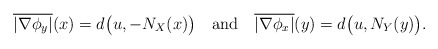
\begin{align*}\overline{|\nabla \phi_y|}(x) = d\big(u,-N_X(x)\big)~~~\mbox{and}~~~ \overline{|\nabla \phi_x|}(y) = d\big(u,N_Y(y)\big).\end{align*}